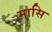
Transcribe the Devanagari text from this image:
मासि